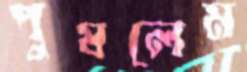
পুষলেম